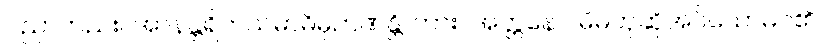
ပညာတည်း။ အာနန္တရိကသမာဓိမှိဉာဏန္တိ၊ ကား။ အတ္တနော၊ မိမိဟုဆိုအပ်သောမဂ်၏။